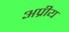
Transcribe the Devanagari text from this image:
अप्रीय